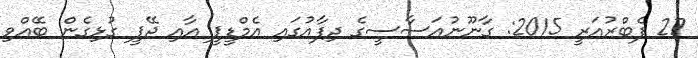
27 ފެބްރުއަރީ 2015: ގާނޫނުއަސާސީގެ ދިފާއުގައި އެމްޑީޕީ އާއި ޖޭޕީ ގުޅިގެން ބޭއްވި